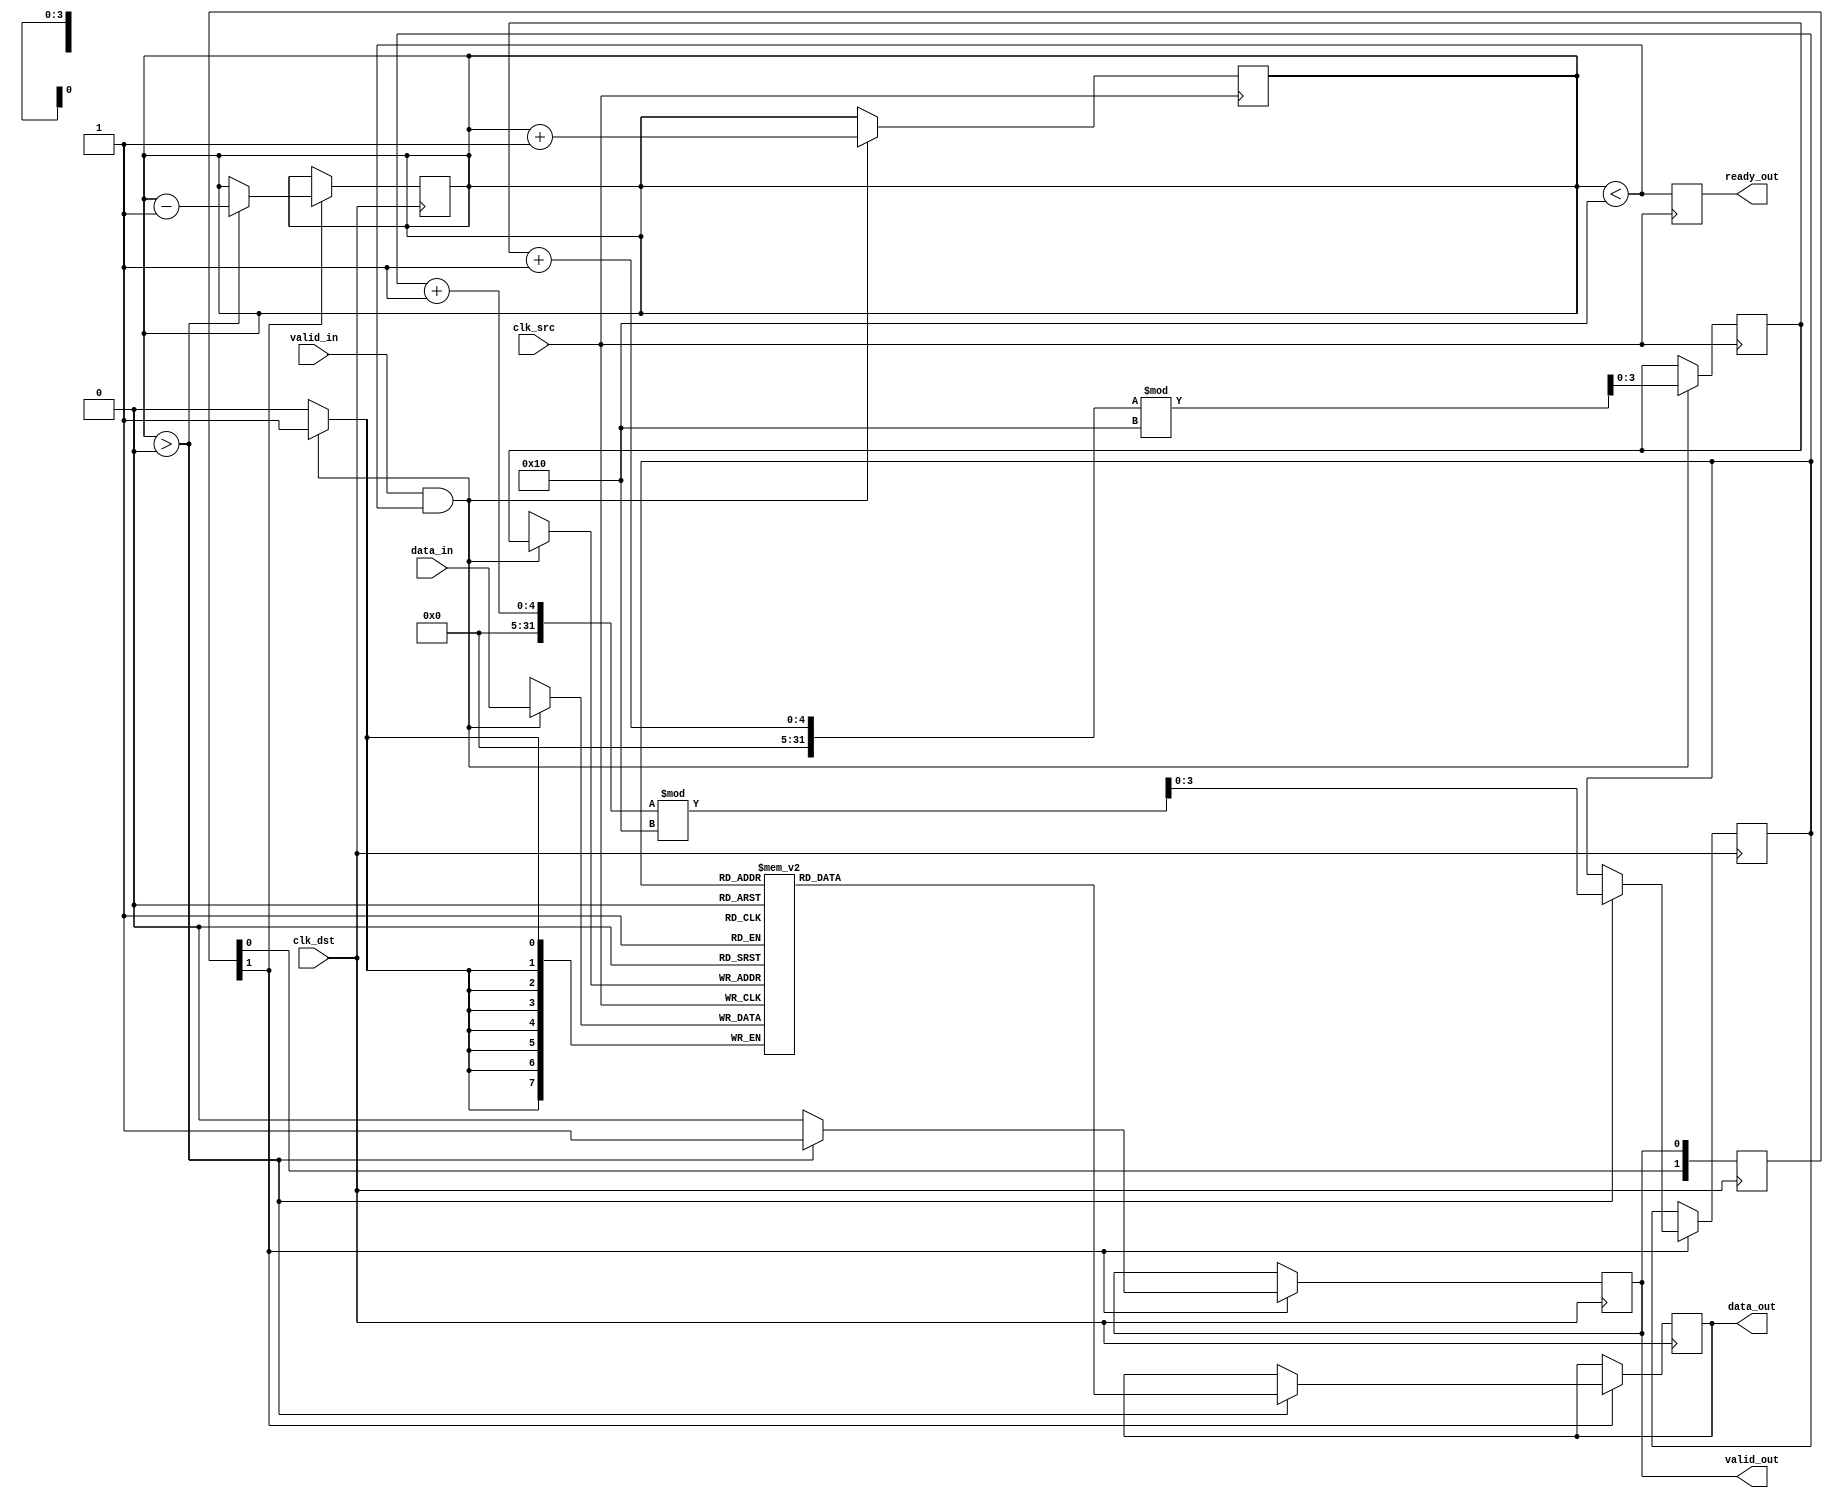
module burst_mode_synchronizer #(
    parameter DATA_WIDTH = 8,
    parameter FIFO_DEPTH = 16
)(
    input wire clk_src,               // Source clock
    input wire clk_dst,               // Destination clock
    input wire [DATA_WIDTH-1:0] data_in, // Data input from source clock domain
    input wire valid_in,              // Valid signal from source clock domain
    output reg ready_out,             // Ready signal for source clock domain
    output reg [DATA_WIDTH-1:0] data_out, // Data output to destination clock domain
    output reg valid_out              // Valid signal for destination clock domain
);

    // FIFO buffer for data storage
    reg [DATA_WIDTH-1:0] fifo [0:FIFO_DEPTH-1];
    reg [3:0] write_ptr;              // Write pointer for FIFO
    reg [3:0] read_ptr;               // Read pointer for FIFO
    reg [3:0] fifo_count;             // Number of items in FIFO

    // Synchronization logic
    reg [1:0] sync_valid;             // Synchronization for valid signal
    reg [DATA_WIDTH-1:0] sync_data;   // Synchronized data

    // Handshaking signals
    reg ack_in;                       // Acknowledge signal from destination domain

    // Write data to FIFO on valid signal
    always @(posedge clk_src) begin
        if (valid_in && (fifo_count < FIFO_DEPTH)) begin
            fifo[write_ptr] <= data_in;
            write_ptr <= (write_ptr + 1) % FIFO_DEPTH;
            fifo_count <= fifo_count + 1;
        end
    end

    // Ready signal generation
    always @(posedge clk_src) begin
        ready_out <= (fifo_count < FIFO_DEPTH);
    end

    // Synchronize valid signal
    always @(posedge clk_dst) begin
        sync_valid <= {sync_valid[0], valid_out}; // 2-stage synchronization
    end

    // Read data from FIFO and synchronize to destination clock domain
    always @(posedge clk_dst) begin
        if (sync_valid[1]) begin
            if (fifo_count > 0) begin
                data_out <= fifo[read_ptr];
                read_ptr <= (read_ptr + 1) % FIFO_DEPTH;
                fifo_count <= fifo_count - 1;
                valid_out <= 1'b1; // Assert valid signal
            end else begin
                valid_out <= 1'b0; // Deassert valid signal
            end
        end
    end

    // Acknowledge signal handling (optional)
    always @(posedge clk_dst) begin
        if (valid_out) begin
            ack_in <= 1'b1; // Acknowledge data received
        end else begin
            ack_in <= 1'b0; // No data to acknowledge
        end
    end

endmodule